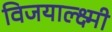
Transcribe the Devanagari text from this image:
विजयाल्क्ष्मी